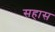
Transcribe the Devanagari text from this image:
सहास